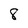
Character: 8